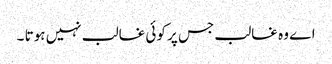
اے وہ غالب جس پر کوئی غالب نہیں ہوتا ۔